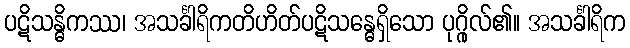
ပဋိသန္ဓိကဿ၊ အသင်္ခါရိကတိဟိတ်ပဋိသန္ဓေရှိသော ပုဂ္ဂိုလ်၏။ အသင်္ခါရိက